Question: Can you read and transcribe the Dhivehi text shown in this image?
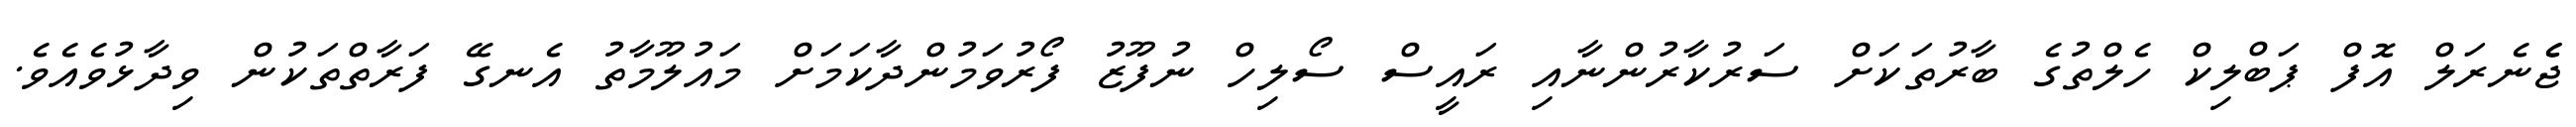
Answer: ޖެެނެރަލް އޮފް ޕަބްލިކް ހެލްތުގެ ބާރުތަކަށް ސަރުކާރުންނާއި ރައީސް ސޯލިހް ނުފޫޒު ފޯރުވަމުންދާކަމަށް މައުލޫމާތު އެނގޭ ފަރާތްތަކުން ވިދާޅުވެއެވެ.